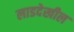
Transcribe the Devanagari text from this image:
लाडदेखील